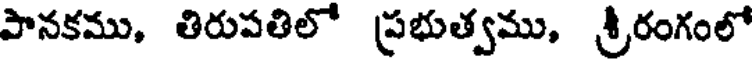
పానకము, తిరుపతిలో ప్రభుత్వము, శ్రీరంగంలో